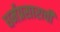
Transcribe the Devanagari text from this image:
धर्मप्रसाराची